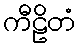
ကီဠိတံ